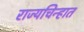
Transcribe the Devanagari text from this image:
राज्यचिन्हात